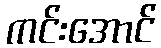
ကင်းအောင်